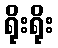
ရိုးရိုး